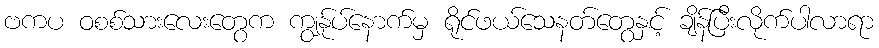
ဗကပ ဝစစ်သားလေးတွေက ကျွန်ုပ်နောက်မှ ရိုင်ဖယ်သေနတ်တွေနှင့် ချိန်ပြီးလိုက်ပါလာရာ